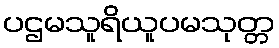
ပဌမသူရိယူပမသုတ္တ